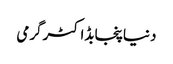
دنیاپنجابڈاکٹرگرمی